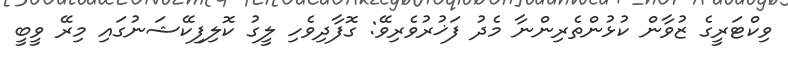
ވިކްޓަރީގެ ޒުވާން ކުޅުންތެރިންނާ މެދު ފަޚުރުވެރިވޭ: ގޮފާދިވެހި ލީގު ކޮލިފިކޭޝަނުގައި މިރޭ ވީބީ